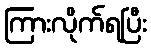
ကြားလိုက်ရပြီး